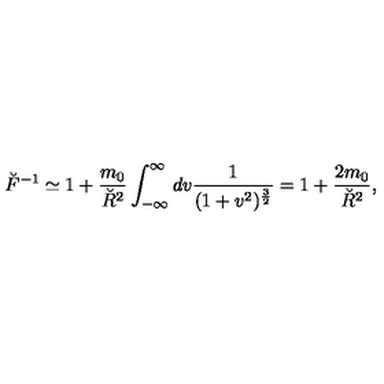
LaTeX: { \breve { F } } ^ { - 1 } \simeq 1 + { \frac { m _ { 0 } } { \breve { R } ^ { 2 } } } \int _ { - \infty } ^ { \infty } d v { \frac { 1 } { ( 1 + v ^ { 2 } ) ^ { { \frac { 3 } { 2 } } } } } = 1 + { \frac { 2 m _ { 0 } } { \breve { R } ^ { 2 } } } ,